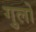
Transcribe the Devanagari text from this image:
गुलो